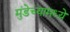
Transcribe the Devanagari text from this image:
मुंडेच्यामध्ये